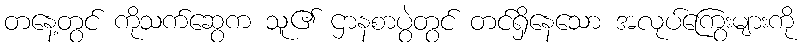
တနေ့တွင် ကိုသက်ဆွေက သူ၏ ဌာနစာပွဲတွင် တင်ရှိနေသော အလုပ်ကြွေးများကို